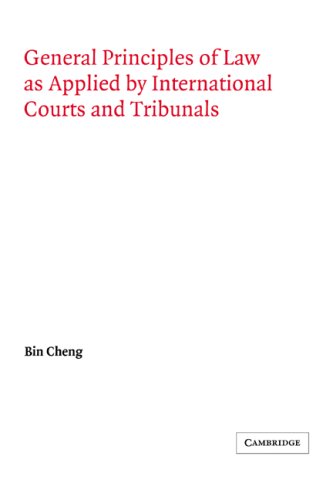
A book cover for General Principles of Law as Applied by International Courts and Tribunals (Grotius Classic Reprint Series); Bin Cheng Phd. Licencie en Droit; Law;